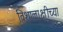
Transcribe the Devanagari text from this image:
विशालाक्षीच्या